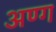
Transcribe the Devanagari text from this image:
अण्ग